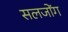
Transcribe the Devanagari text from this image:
सलजोंग